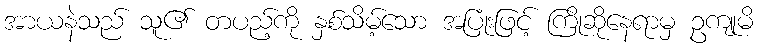
အာယနဲသည် သူ၏ တပည့်ကို နှစ်သိမ့်သော အပြုံးဖြင့် ကြိုဆိုနေရာမှ ဥကျုမိ